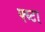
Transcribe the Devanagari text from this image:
फ्य्टा